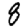
Digit: 8